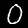
Digit: 0